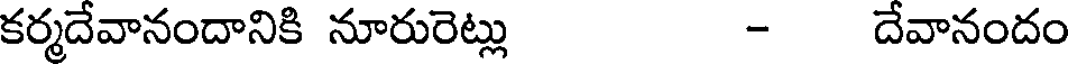
కర్మదేవానందానికి నూరురెట్లు - దేవానందం